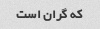
که گران است